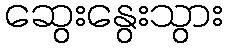
ဆွေးနွေးသွား